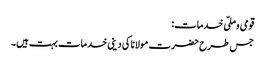
قومی وملّی خدمات:
جس طرح حضرت مولانا کی دینی خدمات بہت ہیں۔